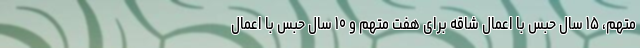
متهم، ۱۵ سال حبس با اعمال شاقه برای هفت متهم و ۱۰ سال حبس با اعمال